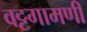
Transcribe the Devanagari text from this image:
वट्टगामणी